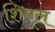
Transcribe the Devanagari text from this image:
शिमूल